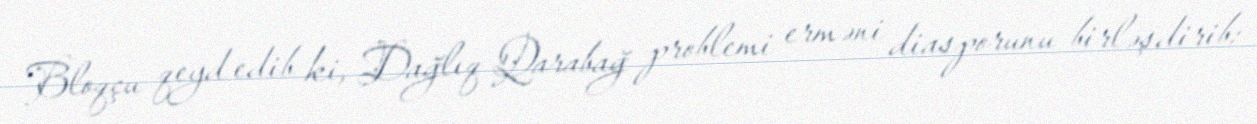
Bloqçu qeyd edib ki, Dağlıq Qarabağ problemi erməni diasporunu birləşdirib: